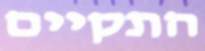
התקיים